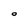
Character: O